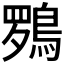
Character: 𮬽